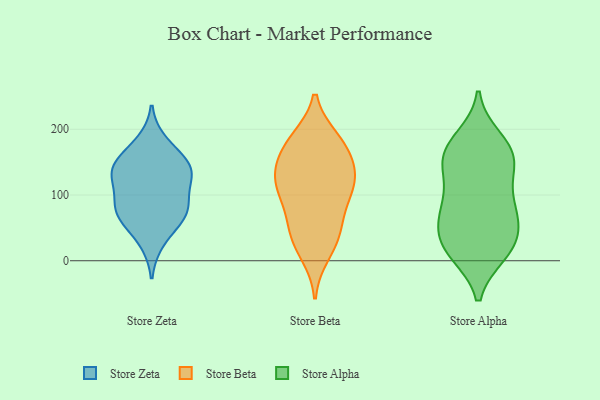
{"axis": {"x": "Gross Profit (USD K)", "y": "Value"}, "legend": ["Store Alpha", "Store Beta", "Store Zeta"], "data": [{"x": "", "y": 180, "type": "Store Zeta"}, {"x": "", "y": 127, "type": "Store Zeta"}, {"x": "", "y": 139, "type": "Store Zeta"}, {"x": "", "y": 29, "type": "Store Zeta"}, {"x": "", "y": 136, "type": "Store Zeta"}, {"x": "", "y": 122, "type": "Store Zeta"}, {"x": "", "y": 77, "type": "Store Zeta"}, {"x": "", "y": 82, "type": "Store Zeta"}, {"x": "", "y": 86, "type": "Store Zeta"}, {"x": "", "y": 158, "type": "Store Zeta"}, {"x": "", "y": 64, "type": "Store Zeta"}, {"x": "", "y": 144, "type": "Store Zeta"}, {"x": "", "y": 67, "type": "Store Zeta"}, {"x": "", "y": 130, "type": "Store Beta"}, {"x": "", "y": 33, "type": "Store Beta"}, {"x": "", "y": 120, "type": "Store Beta"}, {"x": "", "y": 182, "type": "Store Beta"}, {"x": "", "y": 137, "type": "Store Beta"}, {"x": "", "y": 99, "type": "Store Beta"}, {"x": "", "y": 182, "type": "Store Beta"}, {"x": "", "y": 10, "type": "Store Beta"}, {"x": "", "y": 151, "type": "Store Beta"}, {"x": "", "y": 55, "type": "Store Beta"}, {"x": "", "y": 122, "type": "Store Beta"}, {"x": "", "y": 185, "type": "Store Beta"}, {"x": "", "y": 90, "type": "Store Beta"}, {"x": "", "y": 111, "type": "Store Beta"}, {"x": "", "y": 166, "type": "Store Beta"}, {"x": "", "y": 59, "type": "Store Beta"}, {"x": "", "y": 31, "type": "Store Beta"}, {"x": "", "y": 93, "type": "Store Alpha"}, {"x": "", "y": 55, "type": "Store Alpha"}, {"x": "", "y": 95, "type": "Store Alpha"}, {"x": "", "y": 19, "type": "Store Alpha"}, {"x": "", "y": 176, "type": "Store Alpha"}, {"x": "", "y": 75, "type": "Store Alpha"}, {"x": "", "y": 11, "type": "Store Alpha"}, {"x": "", "y": 153, "type": "Store Alpha"}, {"x": "", "y": 163, "type": "Store Alpha"}, {"x": "", "y": 186, "type": "Store Alpha"}, {"x": "", "y": 173, "type": "Store Alpha"}, {"x": "", "y": 68, "type": "Store Alpha"}, {"x": "", "y": 147, "type": "Store Alpha"}, {"x": "", "y": 12, "type": "Store Alpha"}, {"x": "", "y": 132, "type": "Store Alpha"}, {"x": "", "y": 74, "type": "Store Alpha"}, {"x": "", "y": 143, "type": "Store Alpha"}, {"x": "", "y": 33, "type": "Store Alpha"}, {"x": "", "y": 41, "type": "Store Alpha"}, {"x": "", "y": 14, "type": "Store Alpha"}]}